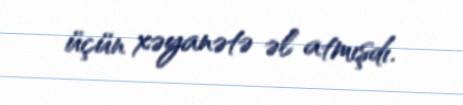
üçün xəyanətə əl atmışdı.